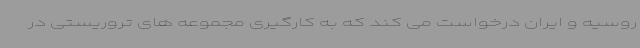
روسیه و ایران درخواست می کند که به کارگیری مجموعه های تروریستی در